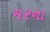
મરના